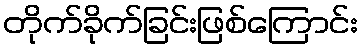
တိုက်ခိုက်ခြင်းဖြစ်ကြောင်း